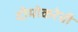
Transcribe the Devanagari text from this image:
दीमोकरेची